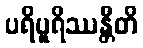
ပရိပူရိဿန္တီတိ